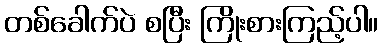
တစ်ခေါက်ပဲ စပြီး ကြိုးစားကြည့်ပါ။